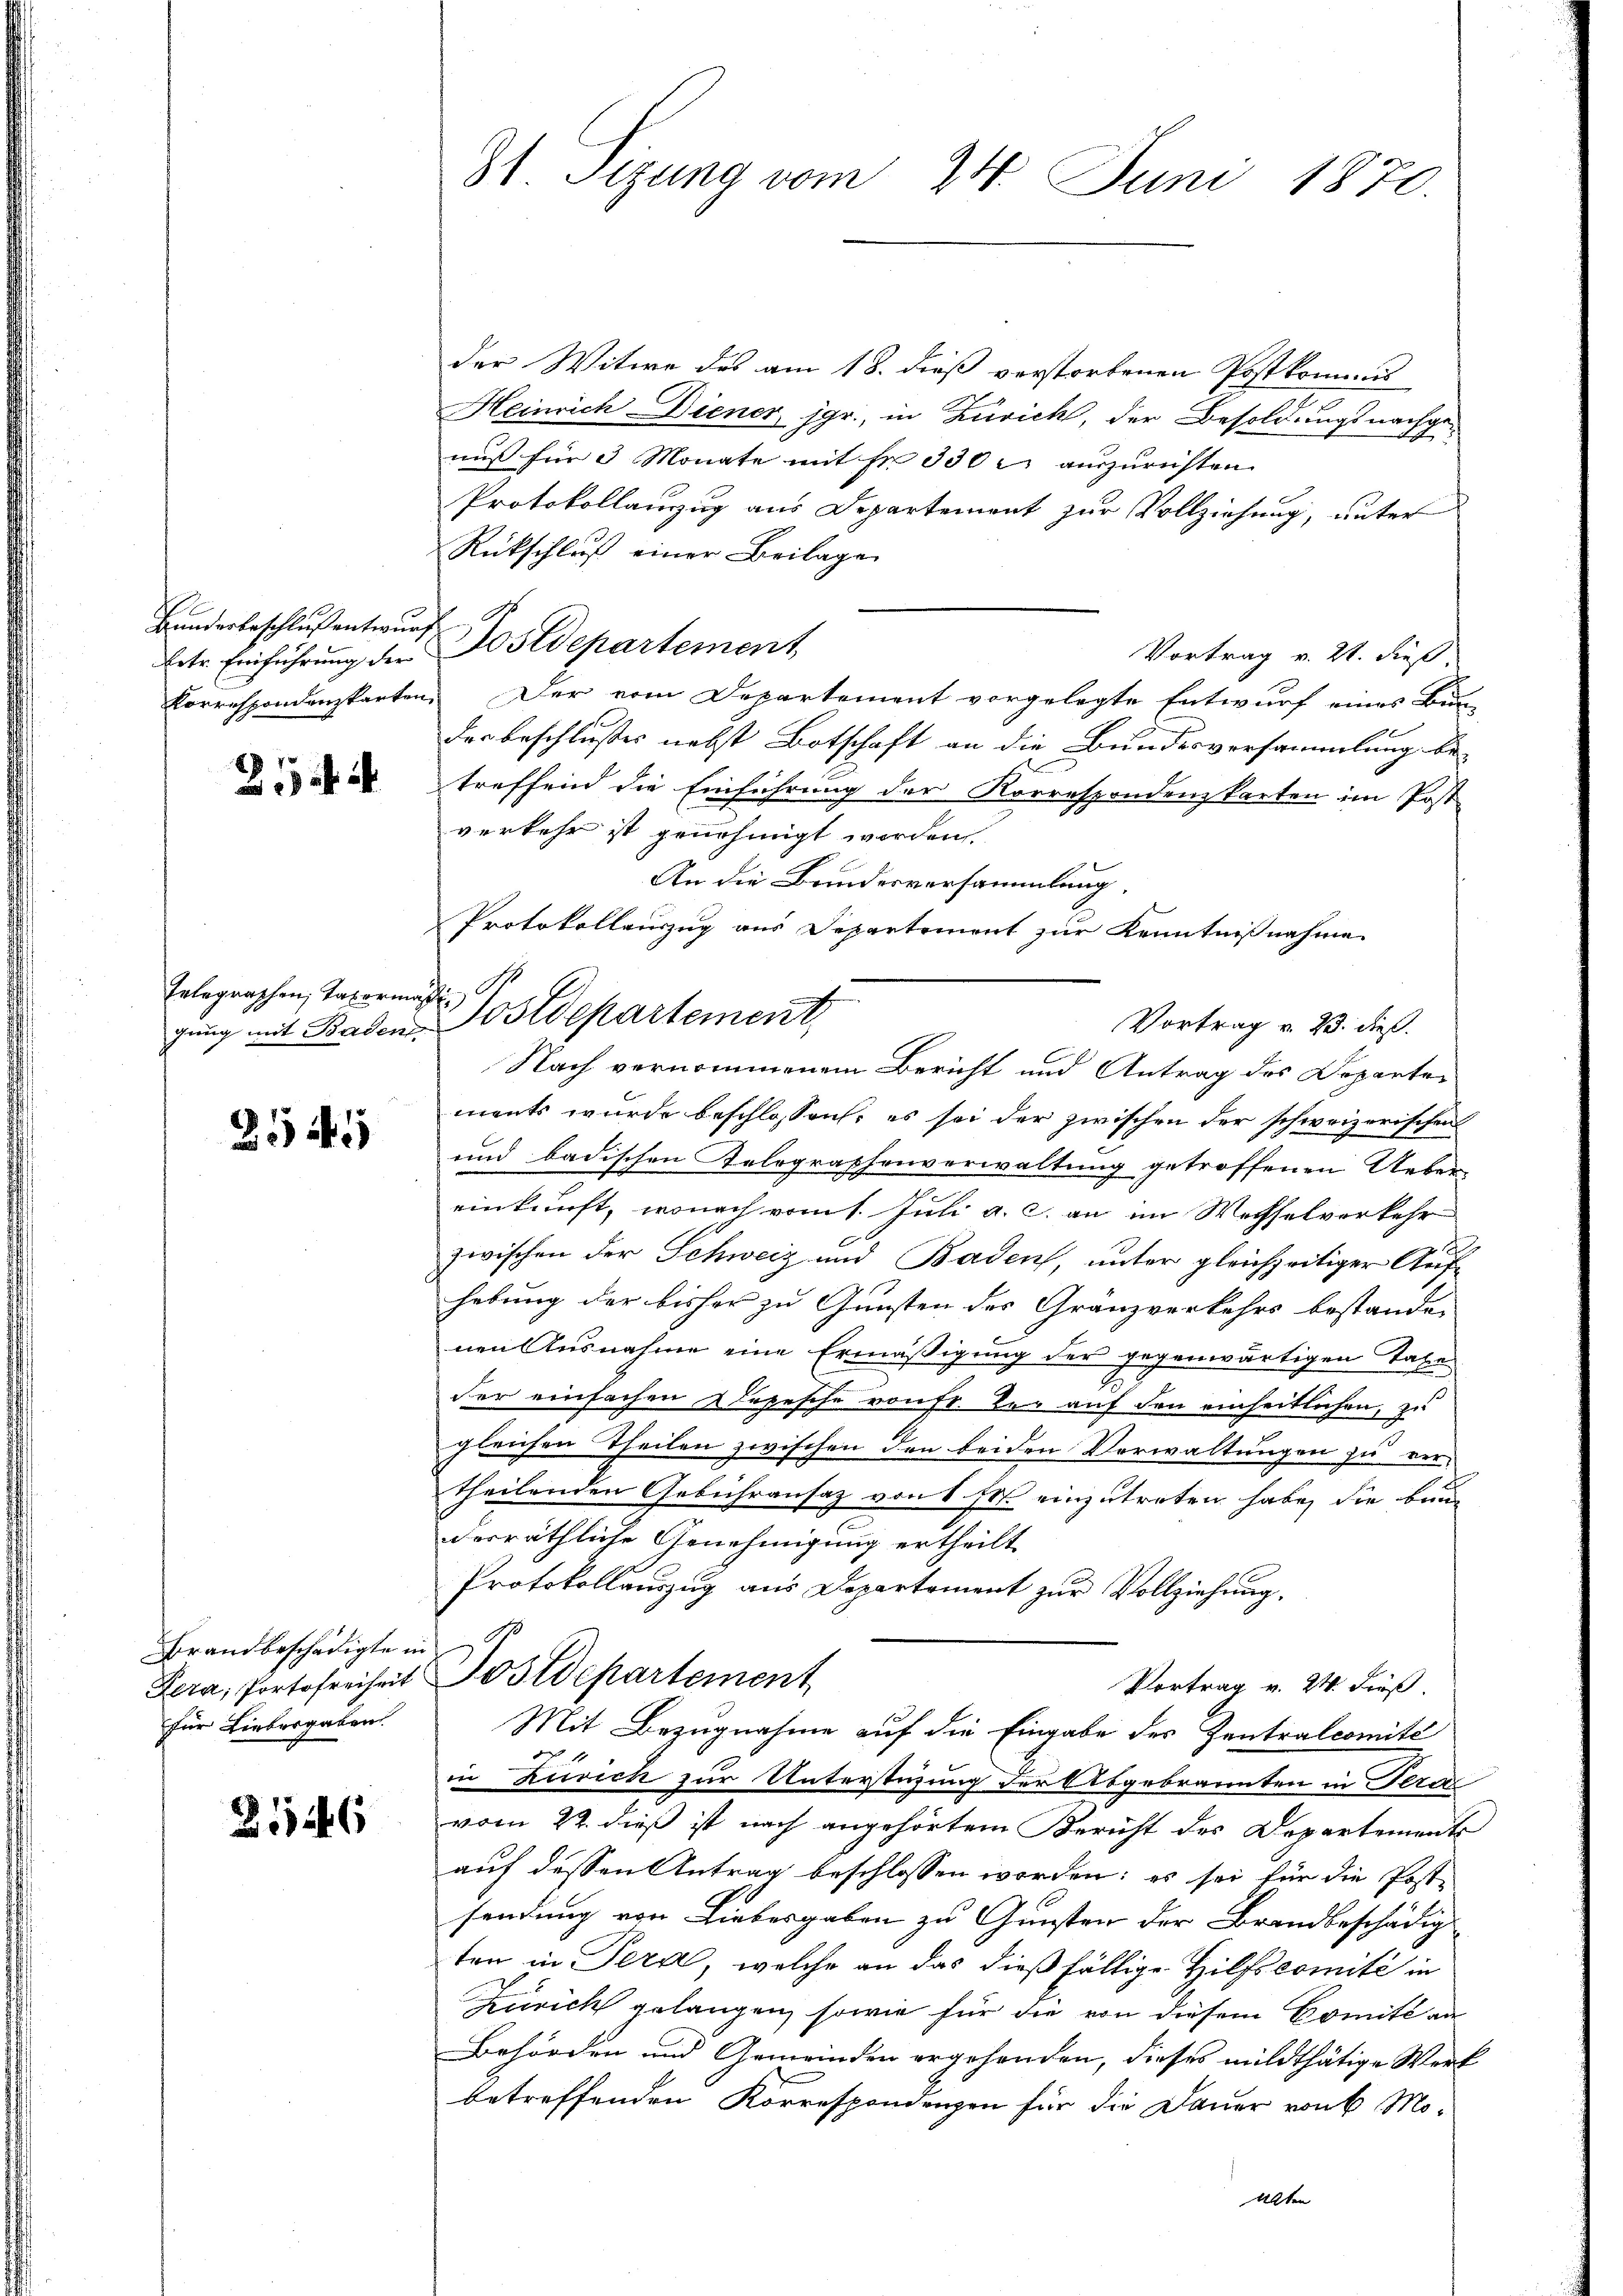
Bunderbeschluß entwurf.
Ertr. Einführung der
Korrespondenzkarten

2

Eelegraschen, Taxormäßigung mit Badens

2545

Brandbeschädigte in
für Liebergaben.

2146

St. Sizung vom 24. Juni 1870.

der Witwe des am 18. dieß verstorbenen Postkommis
Heinrich Diener, jgr., in Zürich, der Besoldungsnachgenuß für 3 Monate mit Fr. 330 f auszurichten
Protokollanzug aus Departement zur Vollziehung, unter
Rückschluß einer Beilage
 Postdepartement
Vortrag v. 21. dieß.
Der vom Departement vorgelegte Entwurf eines Bun-
des beschlußes nebst Botschaft an die Bundesversammlung betreffend die Einführung der Korrespondenzkarten im Post
verkehr ist genehmigt worden
An die Brundesversammlung.
Vortrag u. 23. dieß.
ments wurde beschlossen, es sei der zwischen der schweizerischen
und badischen Telegraphenverwaltung getroffenen Uebern
einkunft, wonach vom 1. Juli a. c. an im Wechselverkehr
zwischen der Schweiz und Baden, unter gleichzeitiger Aufhebung der bisher zu Gunsten des Granzverkehrs bestande
nen Ausnahme eine Ermäßigung der gegenwärtigen Taxe
der einfachen Depesche von fr. der auf den einheitlichen, zu
gleichen Theilen zwischen den beiden Verwaltungen zu ver-
theilenden Gebühransaz von 6 Fr. einzutreten habe, die bun-
dorräthliche Genehmigung ertheilt
Protokollauszug aus Departement zur Vollziehung.
Fera, Portofreiheit Postdepartement
Vortrag v. 24. dieß.
Mit Bezugnahme auf die Eingabe des Zentralcomité
in Zürich zur Unterstüzung der Abgebrannten in Perc
vom 22. dieß ist nach angehörtem Bericht des Departements
auf dessen Antrag beschlossen worden; es sei für die Post-
sendung von Liebesgaben zu Gunsten der Brandbeschädig
ten in Tera, welche an das dießfällige Hilfscomité in
Zürich gelangen, sowie für die von diesem Breits an
Behörden und Gemeinden ergehenden, dieses mildthätige Wert
betreffenden Korrespondenzen für die Dauer von 6 Mo-
Alten

Protokollauszug aus Departement zur Kenntnißnahme
Postdepartement,
Nach vernommenem Bericht und Antrag des Departer